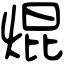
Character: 焜